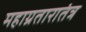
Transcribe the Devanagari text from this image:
महाग्रतारातंत्र